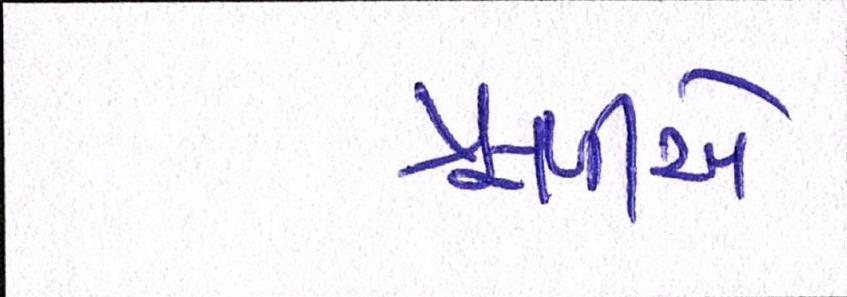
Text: ઋષીએ